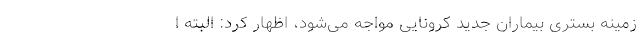
زمینه بستری بیماران جدید کرونایی مواجه می‌شود، اظهار کرد: البته ا